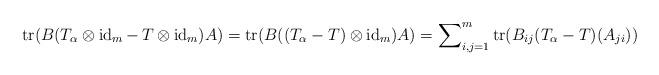
LaTeX: \begin{align*}\operatorname{tr}(B(T_\alpha\otimes\operatorname{id}_m-\,T\otimes\operatorname{id}_m)A) = \operatorname{tr}(B((T_\alpha-T)\otimes\operatorname{id}_m)A)=\sum\nolimits_{i,j=1}^m \operatorname{tr}(B_{ij}(T_\alpha-T)(A_{ji}))\end{align*}